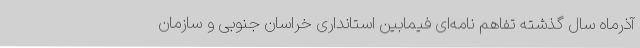
آذرماه سال گذشته تفاهم نامه‌ای فیمابین استانداری خراسان جنوبی و سازمان